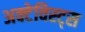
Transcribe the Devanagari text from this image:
अक्टेविस्ट्स